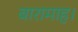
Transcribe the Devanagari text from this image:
बारामाह।